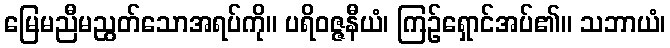
မြေမညီမညွတ်သောအရပ်ကို။ ပရိဝဇ္ဇနီယံ၊ ကြဉ်ရှောင်အပ်၏။ သဘာယံ၊